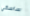
ساسكي